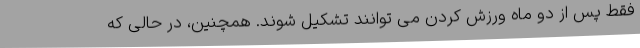
فقط پس از دو ماه ورزش کردن می توانند تشکیل شوند. همچنین، در حالی که